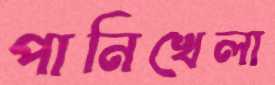
পানিখেলা